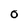
Character: 0